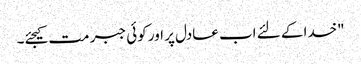
"خدا کے لئے اب عادل پر اور کوئی جبر مت کیجئے۔